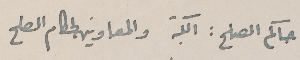
حاكم الصلح : الكتبه والمعاونين لحكام الصلح